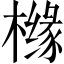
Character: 橼